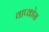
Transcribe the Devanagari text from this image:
वाप्कोस